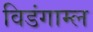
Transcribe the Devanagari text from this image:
विडंगाम्ल